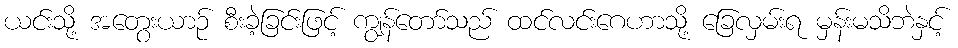
ယင်းသို့ အတွေးယာဉ် စီးခဲ့ခြင်းဖြင့် ကျွန်တော်သည် ထင်လင်းဂေဟာသို့ ခြေလှမ်းရ မှန်းမသိဘဲနှင့်